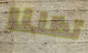
تظننا